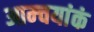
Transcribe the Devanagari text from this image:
आम्चयांकं